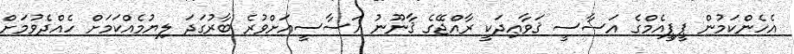
އެހެންކަމުން ޕީޕީއެމްގެ އަސާސީ ޤަވާޢިދަކީ ރާއްޖޭގެ ޤާނޫނު އަސާސީއަށްވުރެ ބާރުގަދަ ލިޔުމެއްކަމަށް ހެއްދެވުމަށް